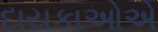
દાયકાઓએ